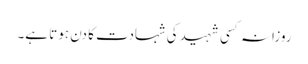
روزانہ کسی شہید کی شہادت کا دن ہوتا ہے۔